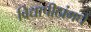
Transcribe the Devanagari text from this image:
विद्यापीठांमधे